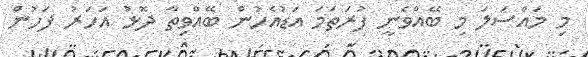
މި މައްސަލަ މި ބޭއްވެނީ ފުރަތަމަ އަޑުއެހުން ބޭއްވިތާ ދޮޅު އަހަރު ފަހުން